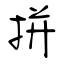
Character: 拼